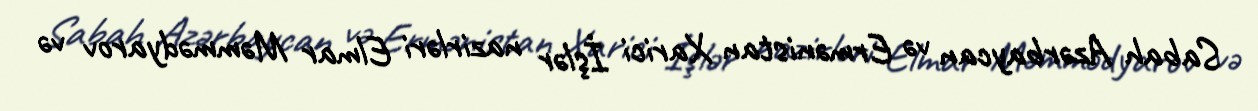
Sabah Azərbaycan və Ermənistan Xarici İşlər nazirləri Elmar Məmmədyarov və